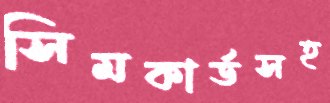
সিমকার্ডসহ